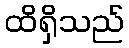
ထိရှိသည်